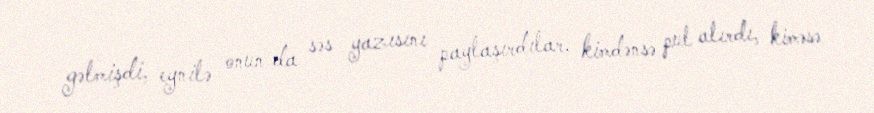
gəlmişdi, eynilə onun da səs yazısını paylaşırdılar, kimdənsə pul alırdı, kiməsə